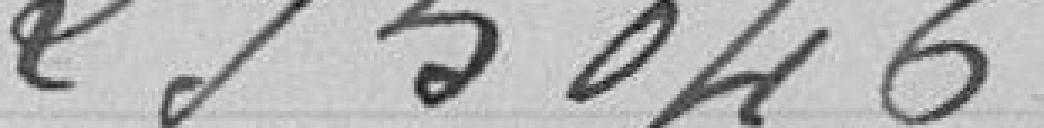
295046 francs